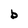
Character: b